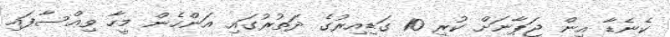
ކެނެޑާ އިން ޖަޕާނަށް ކުރި 10 ގަޑިއިރުގެ ދަތުރުގައި އަންހެން މީހާ ވިއްސާފައި